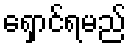
ရှောင်ရမည်